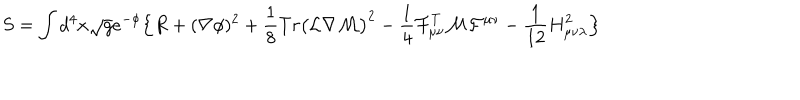
LaTeX: S = \int d ^ { 4 } x \sqrt { { g } } e ^ { - \phi } \Bigl \{ { R } + ( { \nabla } \phi ) ^ { 2 } + \frac { 1 } { 8 } T r \bigl ( { \cal L } \nabla { \cal M } \bigr ) ^ { 2 } - \frac { 1 } { 4 } { \cal F } _ { \mu \nu } ^ { T } { \cal M } { \cal F } ^ { \mu \nu } - \frac { 1 } { 1 2 } { H } _ { \mu \nu \lambda } ^ { 2 } \Bigr \}